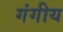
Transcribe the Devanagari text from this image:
गंगीय